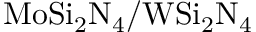
\mathrm { M o S i _ { 2 } N _ { 4 } / W S i _ { 2 } N _ { 4 } }